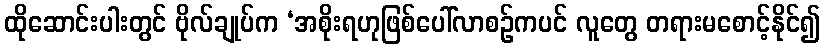
ထိုဆောင်းပါးတွင် ဗိုလ်ချုပ်က ‘အစိုးရဟုဖြစ်ပေါ်လာစဉ်ကပင် လူတွေ တရားမစောင့်နိုင်၍